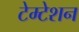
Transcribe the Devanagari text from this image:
टेम्टेशन